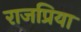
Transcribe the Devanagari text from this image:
राजप्रिया